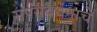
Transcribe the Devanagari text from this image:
सर्पसंवर्धनाचे